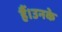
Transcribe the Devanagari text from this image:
हैं।उनके